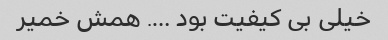
خیلی بی کیفیت بود …. همش خمیر